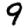
Digit: 9